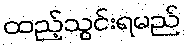
ထည့်သွင်းရမည်